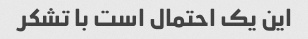
این یک احتمال است با تشکر